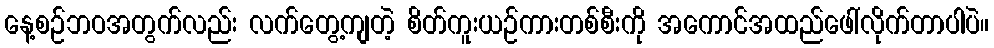
နေ့စဉ်ဘဝအတွက်လည်း လက်တွေ့ကျတဲ့ စိတ်ကူးယဉ်ကားတစ်စီးကို အကောင်အထည်ဖေါ်လိုက်တာပါပဲ။